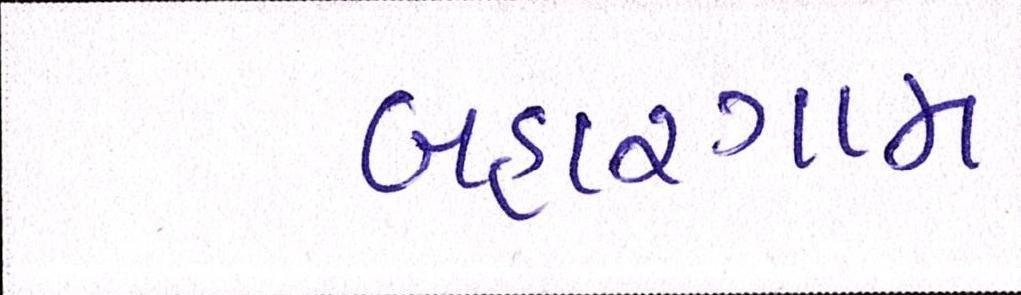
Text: બહારગામ